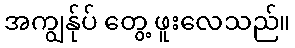
အကျွန်ုပ် တွေ့ ဖူးလေသည်။